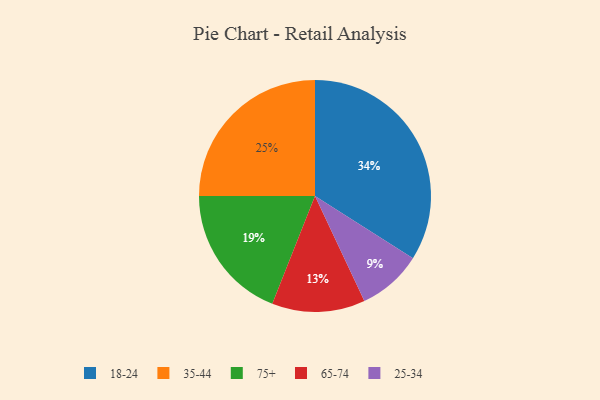
{"axis": {"x": "Category", "y": "Percentage"}, "legend": ["18-24", "25-34", "35-44", "65-74", "75+"], "data": [{"x": "75+", "y": 19, "type": "75+"}, {"x": "25-34", "y": 9, "type": "25-34"}, {"x": "18-24", "y": 34, "type": "18-24"}, {"x": "35-44", "y": 25, "type": "35-44"}, {"x": "65-74", "y": 13, "type": "65-74"}]}